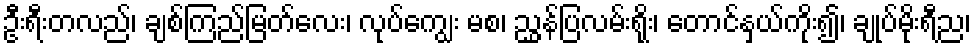
ဦးရီးတလည်၊ ချစ်ကြည်မြတ်လေး၊ လုပ်ကျွေး မစ၊ ညွှန်ပြလမ်းရိုး၊ တောင်နှယ်ကိုး၍၊ ချုပ်မိုးရီည၊